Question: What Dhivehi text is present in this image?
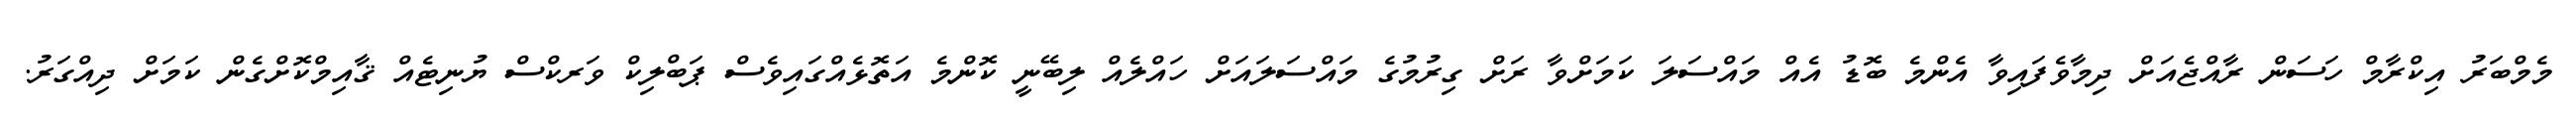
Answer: މެމްބަރު އިކްރާމް ހަސަން ރާއްޖެއަށް ދިމާވެފައިވާ އެންމެ ބޮޑު އެއް މައްސަލަ ކަމަށްވާ ރަށް ގިރުމުގެ މައްސަލައަށް ހައްލެއް ލިބޭނީ ކޮންމެ އަތޮޅެއްގައިވެސް ޕަބްލިކް ވަރކްސް ޔުނިޓެއް ޤާއިމްކޮށްގެން ކަމަށް ދިއްގަރު.